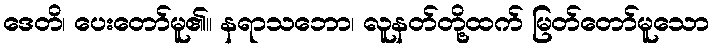
ဒေတိ၊ ပေးတော်မူ၏။ နရာသဘော၊ လူနတ်တို့ထက် မြတ်တော်မူသော